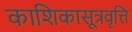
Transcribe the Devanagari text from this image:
काशिकासूत्रवृत्ति